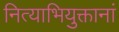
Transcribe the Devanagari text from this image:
नित्याभियुक्तानां